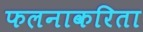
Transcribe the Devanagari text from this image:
फलनाकरिता